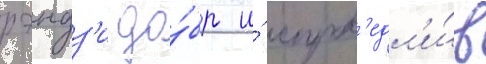
рэндз'и до́бр и́ справ'едл'и́в